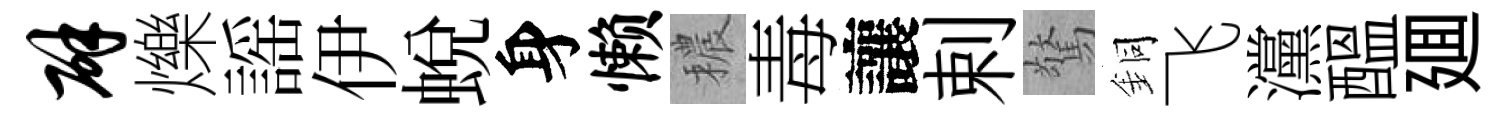
辟爍謡伊蛻身懒穠毒讓剌驚銅飞灙醖廽